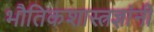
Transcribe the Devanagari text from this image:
भौतिकशास्त्रज्ञांनी